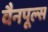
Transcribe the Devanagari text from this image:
वैनपूल्स